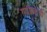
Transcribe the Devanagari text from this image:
गढढ्याची